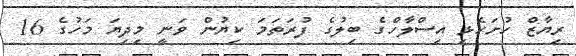
ރިޔާޒް ހުށަހެޅި އިސްލާހްގެ ބިލުގެ ފުރަތަމަ ކިޔުން ވަނީ މިދިޔަ މަހުގެ 16